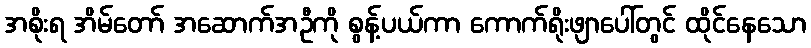
အစိုးရ အိမ်တော် အဆောက်အဦကို စွန့်ပယ်ကာ ကောက်ရိုးဖျာပေါ်တွင် ထိုင်နေသော